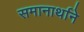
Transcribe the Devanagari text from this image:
समानार्थाने